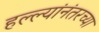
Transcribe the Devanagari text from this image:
हल्ल्यांनंतरच्या